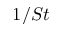
1 / S t